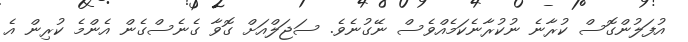
އުފަލުންގޮސް ކުރާނެ ނުކުރާނެކަމެއްވެސް ނޭގުނެވެ. ސަޖަލްއަށް ގޮވާ ގެނެސްގެން އެންމެ ކުރިން އެ